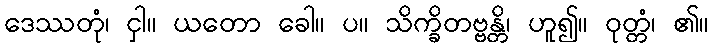
ဒေဿတုံ၊ ငှါ။ ယတော ခေါ။ ပ။ သိက္ခိတဗ္ဗန္တိ၊ ဟူ၍။ ဝုတ္တံ၊ ၏။